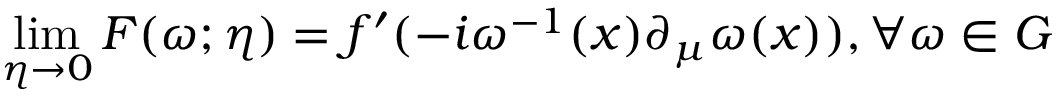
\operatorname * { l i m } _ { \eta \rightarrow 0 } F ( \omega ; \eta ) = f ^ { \prime } ( - i \omega ^ { - 1 } ( x ) \partial _ { \mu } \omega ( x ) ) , \forall \omega \in G